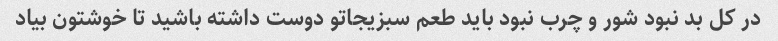
در کل بد نبود شور و چرب نبود باید طعم سبزیجاتو دوست داشته باشید تا خوشتون بیاد